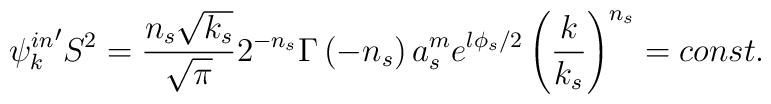
{{\psi}_k^{in}}' S^2=\frac{n_s\sqrt{k_s}}{\sqrt{\pi }}2^{-n_s}\Gamma \left(-n_s\right) a_s^me^{l\phi _s/2}\left( \frac k{k_s}\right) ^{n_s}=const.